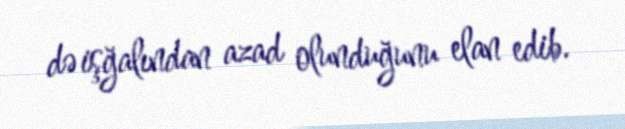
də işğalından azad olunduğunu elan edib.